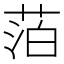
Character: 萡